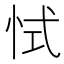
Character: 恜